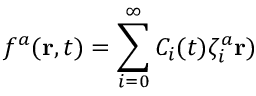
f ^ { a } ( { \bf r } , t ) = \sum _ { i = 0 } ^ { \infty } C _ { i } ( t ) \zeta _ { i } ^ { a } { \bf r } )